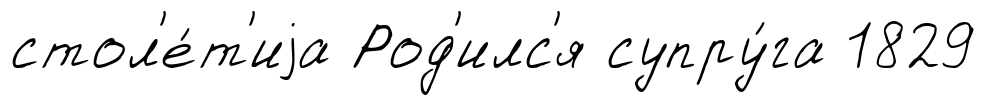
стол'е́т'иjа Род'илс'я супру́га 1829